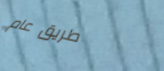
طريق عام